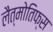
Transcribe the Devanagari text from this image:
लैत्मोतिफ्स